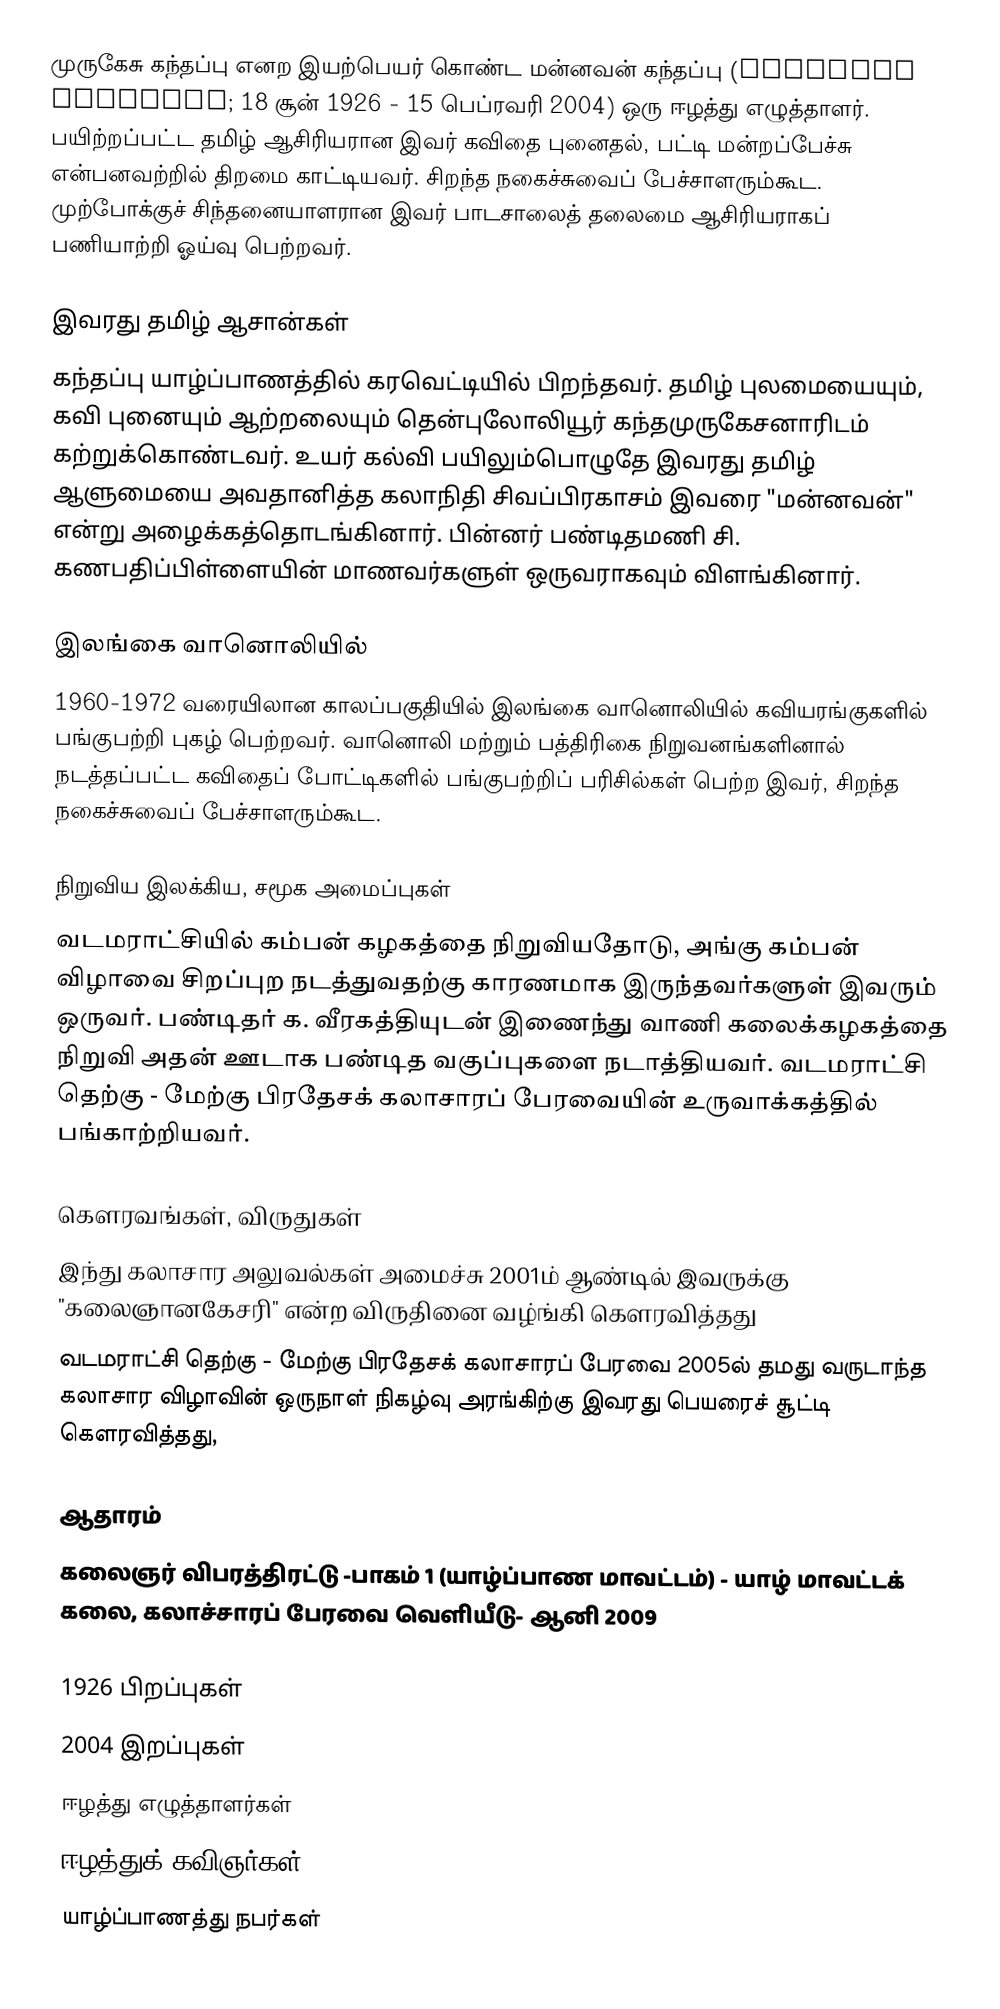
முருகேசு கந்தப்பு எனற இயற்பெயர் கொண்ட மன்னவன் கந்தப்பு (Kandappu Murugesu; 18 சூன் 1926 - 15 பெப்ரவரி 2004) ஒரு ஈழத்து எழுத்தாளர். பயிற்றப்பட்ட தமிழ் ஆசிரியரான இவர் கவிதை புனைதல், பட்டி மன்றப்பேச்சு என்பனவற்றில் திறமை காட்டியவர். சிறந்த நகைச்சுவைப் பேச்சாளரும்கூட. முற்போக்குச் சிந்தனையாளரான இவர் பாடசாலைத் தலைமை ஆசிரியராகப் பணியாற்றி ஓய்வு பெற்றவர்.

இவரது தமிழ் ஆசான்கள்
கந்தப்பு யாழ்ப்பாணத்தில் கரவெட்டியில் பிறந்தவர். தமிழ் புலமையையும், கவி புனையும் ஆற்றலையும் தென்புலோலியூர் கந்தமுருகேசனாரிடம் கற்றுக்கொண்டவர். உயர் கல்வி பயிலும்பொழுதே இவரது தமிழ் ஆளுமையை அவதானித்த கலாநிதி சிவப்பிரகாசம் இவரை "மன்னவன்" என்று அழைக்கத்தொடங்கினார். பின்னர் பண்டிதமணி சி. கணபதிப்பிள்ளையின் மாணவர்களுள் ஒருவராகவும் விளங்கினார்.

இலங்கை வானொலியில்
1960-1972 வரையிலான காலப்பகுதியில் இலங்கை வானொலியில் கவியரங்குகளில் பங்குபற்றி புகழ் பெற்றவர். வானொலி மற்றும் பத்திரிகை நிறுவனங்களினால் நடத்தப்பட்ட கவிதைப் போட்டிகளில் பங்குபற்றிப் பரிசில்கள் பெற்ற இவர், சிறந்த நகைச்சுவைப் பேச்சாளரும்கூட.

நிறுவிய இலக்கிய, சமூக அமைப்புகள்
வடமராட்சியில் கம்பன் கழகத்தை நிறுவியதோடு, அங்கு கம்பன் விழாவை சிறப்புற நடத்துவதற்கு காரணமாக இருந்தவர்களுள் இவரும் ஒருவர். பண்டிதர் க. வீரகத்தியுடன் இணைந்து வாணி கலைக்கழகத்தை நிறுவி அதன் ஊடாக பண்டித வகுப்புகளை நடாத்தியவர். வடமராட்சி தெற்கு - மேற்கு பிரதேசக் கலாசாரப் பேரவையின் உருவாக்கத்தில் பங்காற்றியவர்.

கெளரவங்கள், விருதுகள்
 இந்து கலாசார அலுவல்கள் அமைச்சு 2001ம் ஆண்டில் இவருக்கு "கலைஞானகேசரி" என்ற விருதினை வழ்ங்கி கெளரவித்தது
  வடமராட்சி தெற்கு - மேற்கு பிரதேசக் கலாசாரப் பேரவை 2005ல் தமது வருடாந்த கலாசார விழாவின் ஒருநாள் நிகழ்வு அரங்கிற்கு இவரது பெயரைச் சூட்டி கெளரவித்தது,

ஆதாரம்
 கலைஞர் விபரத்திரட்டு -பாகம் 1 (யாழ்ப்பாண மாவட்டம்) - யாழ் மாவட்டக் கலை, கலாச்சாரப் பேரவை வெளியீடு- ஆனி 2009

1926 பிறப்புகள்
2004 இறப்புகள்
ஈழத்து எழுத்தாளர்கள்
ஈழத்துக் கவிஞர்கள்
யாழ்ப்பாணத்து நபர்கள்